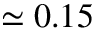
\simeq 0 . 1 5